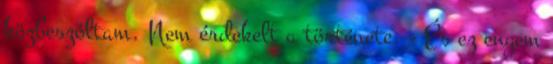
közbeszóltam. Nem érdekelt a története. - És ez engem